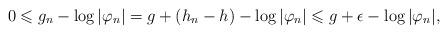
LaTeX: \begin{align*}0 \leqslant g_n - \log |\varphi_n| = g + (h_n - h) - \log |\varphi_n| \leqslant g + \epsilon - \log |\varphi_n|,\end{align*}